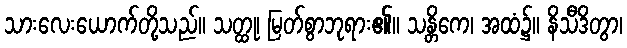
သားလေးယောက်တို့သည်။ သတ္ထု၊ မြတ်စွာဘုရား၏။ သန္တိကေ၊ အထံ၌။ နိသီဒိတွာ၊